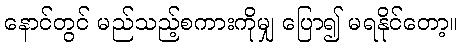
နောင်တွင် မည်သည့်စကားကိုမျှ ပြော၍ မရနိုင်တော့။